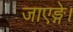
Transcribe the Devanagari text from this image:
जाएङ्गे।